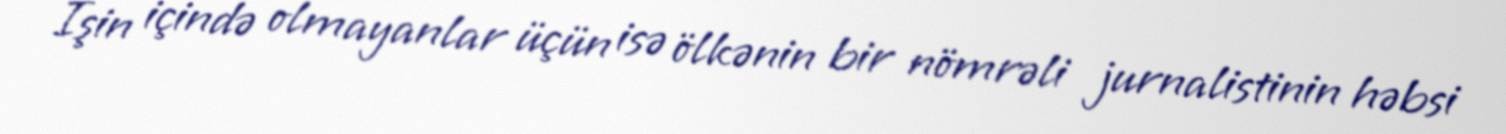
İşin içində olmayanlar üçün isə ölkənin bir nömrəli jurnalistinin həbsi